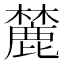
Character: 麓